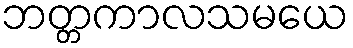
ဘတ္တကာလသမယေ